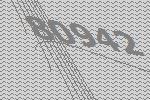
80942